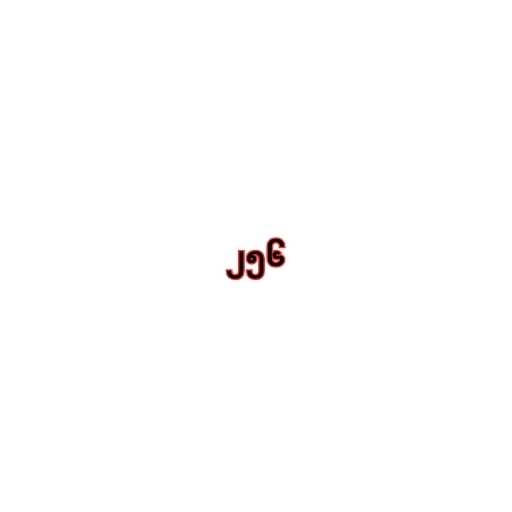
၂၅၆